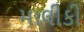
માલીકી